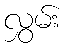
လွှမ်း